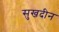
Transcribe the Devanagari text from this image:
सुखदीन